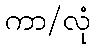
ကာ/လုံ